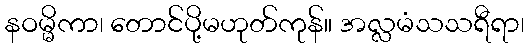
နဝမ္မိကာ၊ တောင်ပို့မဟုတ်ကုန်။ အလ္လမံသသရီရာ၊